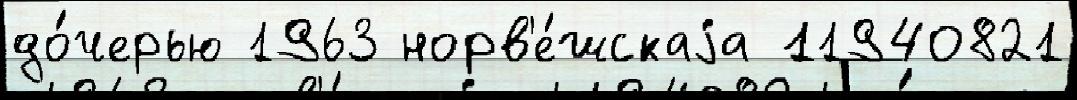
до́черью 1963 норв'е́жскаjа 11940821